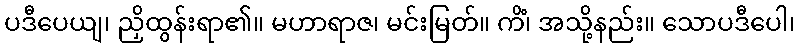
ပဒီပေယျ၊ ညှိထွန်းရာ၏။ မဟာရာဇ၊ မင်းမြတ်။ ကိံ၊ အသို့နည်း။ သောပဒီပေါ၊